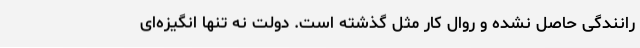
رانندگی حاصل نشده و روال کار مثل گذشته است. دولت نه تنها انگیزه‌ای